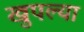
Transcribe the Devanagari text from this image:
खुपल्या